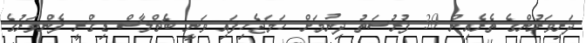
ދަރިވަރުންގެ ތެރެއިން 30 ފުުރުސަތު ދިނުމަށް ހަމަޖެހިފައި ވަނީ ބެޗްލާސް ޑިގްރީ ފެންވަރުގެ